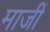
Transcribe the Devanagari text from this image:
माजीं